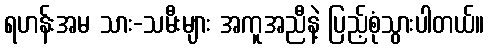
ရဟန်းအမ သား-သမီးများ အကူအညီနဲ့ ပြည့်စုံသွားပါတယ်။